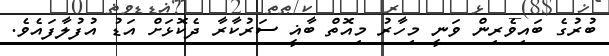
ބުރުގެ ބައިވެރިން ވަނީ މިހާރު މިއޮތް ބާޣީ ސަރުކާރާ ދެކޮޅަށް އަޑު އުފުލާފައެވެ.